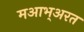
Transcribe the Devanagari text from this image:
मआभ्अरत